Tezpur Lunatic Asylum reports 1895-1904 - 1895-1904
Year: 1895
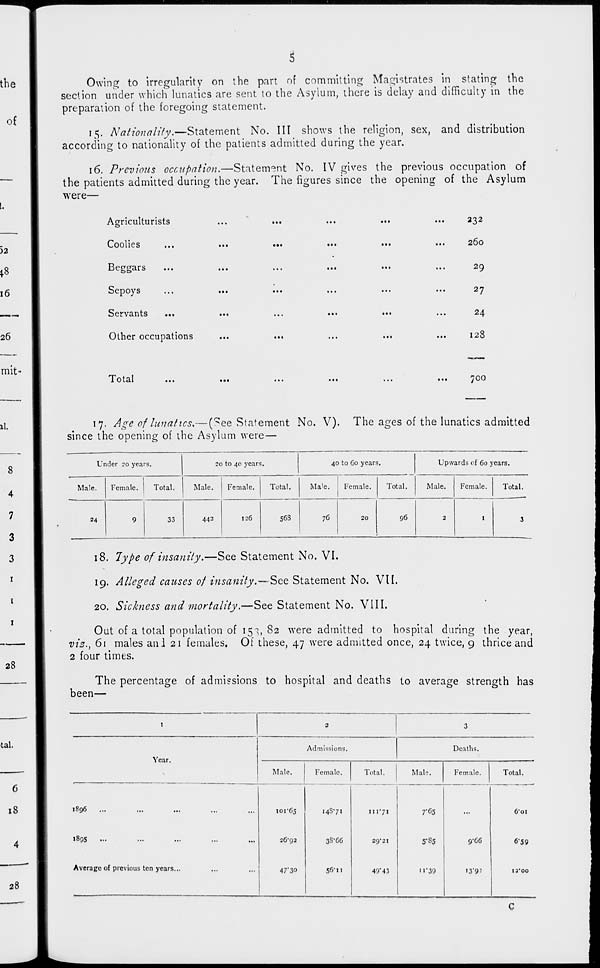
s
Owing to irregularity on the part of committing Magistrates in stating the
section under which lunatics are sent to the Asylum, there is delay and difficulty in the
preparation of the foregoing statement.
15. Nationality.—Statement No. Ill shows the religion, sex, and distribution
according to nationality of the patients admitted during the year.
16. Previous occupation.—Statement No. IV gives the previous occupation of
the patients admitted during the year. The figures since the opening of the Asylum
were—
Agriculturists
Coolies
Beggars
Sepoys
Servants
...
Other occupations
232
260
29
27
24
128
Total
700
17. Age of lunatics.—(^ee Statement No. V). The ages of the lunatics admitted
since the opening of the Asylum were—
Under 20 years.
20 to 40 years.
40 to 60 years.
Upwards of 60 years.
Male.
Female.
Total.
Male.
Female.
Total.
Ma'e. 1 Female.
1
Total.
Male.
Female.
Total.
24
9
33
442
126
56S
76
20
96
2
1
3
18. Type of insanity.—See Statement No. VI.
19. Alleged causes of insanity.—See, Statement No. VII.
20. Sickness and mortality.—See Statement No. VIII.
Out of a total population of 15^, 82 were admitted to hospital during the year,
viz., 61 males and 21 females. Of these, 47 were admitted once, 24 twice, 9 thrice and
2 four times.
The percentage of admissions to hospital and deaths to average strength has
been—
I
2
3
Year.
Admissions.
Deaths.
Male.
Female.
Total.
Male.
Female.
Total.
•896
1895
...
Average of previous ten years...
101*65
26*93
47'3°
14S7!
3S*C6
56" n
111*71
29*21
49'43
7 ,f 55
5-S5
11*39
9'06
n'9?
6*oi
6*59
13*00